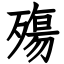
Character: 殤